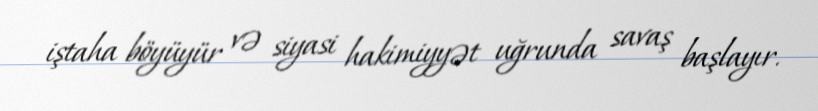
iştaha böyüyür və siyasi hakimiyyət uğrunda savaş başlayır.